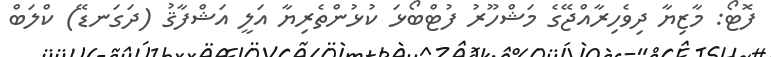
ފޮޓޯ: މާޒިޔާ ދިވެހިރާއްޖޭގެ މަޝްހޫރު ފުޓްބޯޅަ ކުޅުންތެރިޔާ އަލީ އަޝްފާޤު (ދަގަނޑޭ) ކްލަބް